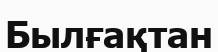
Былғақтан